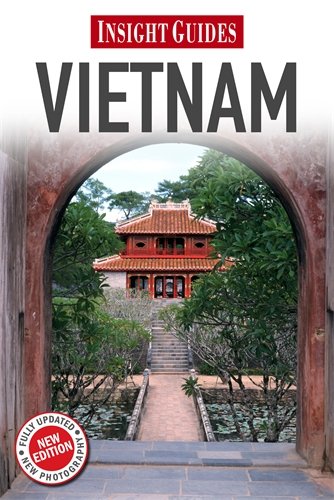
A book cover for Vietnam (Insight Guides); Adam Bray; Travel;